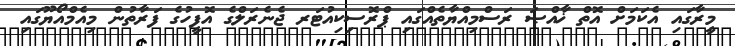
މީރާގައި އެކަމަށް އޮތް ޚާއްޞަ ރަސްމިއްޔާތެއްގައި ޕްރޮސިކިއުޓަރ ޖެނެރަލްގެ އޮފީހުގެ ފަރާތުން މިއެމްއޯޔޫގައި